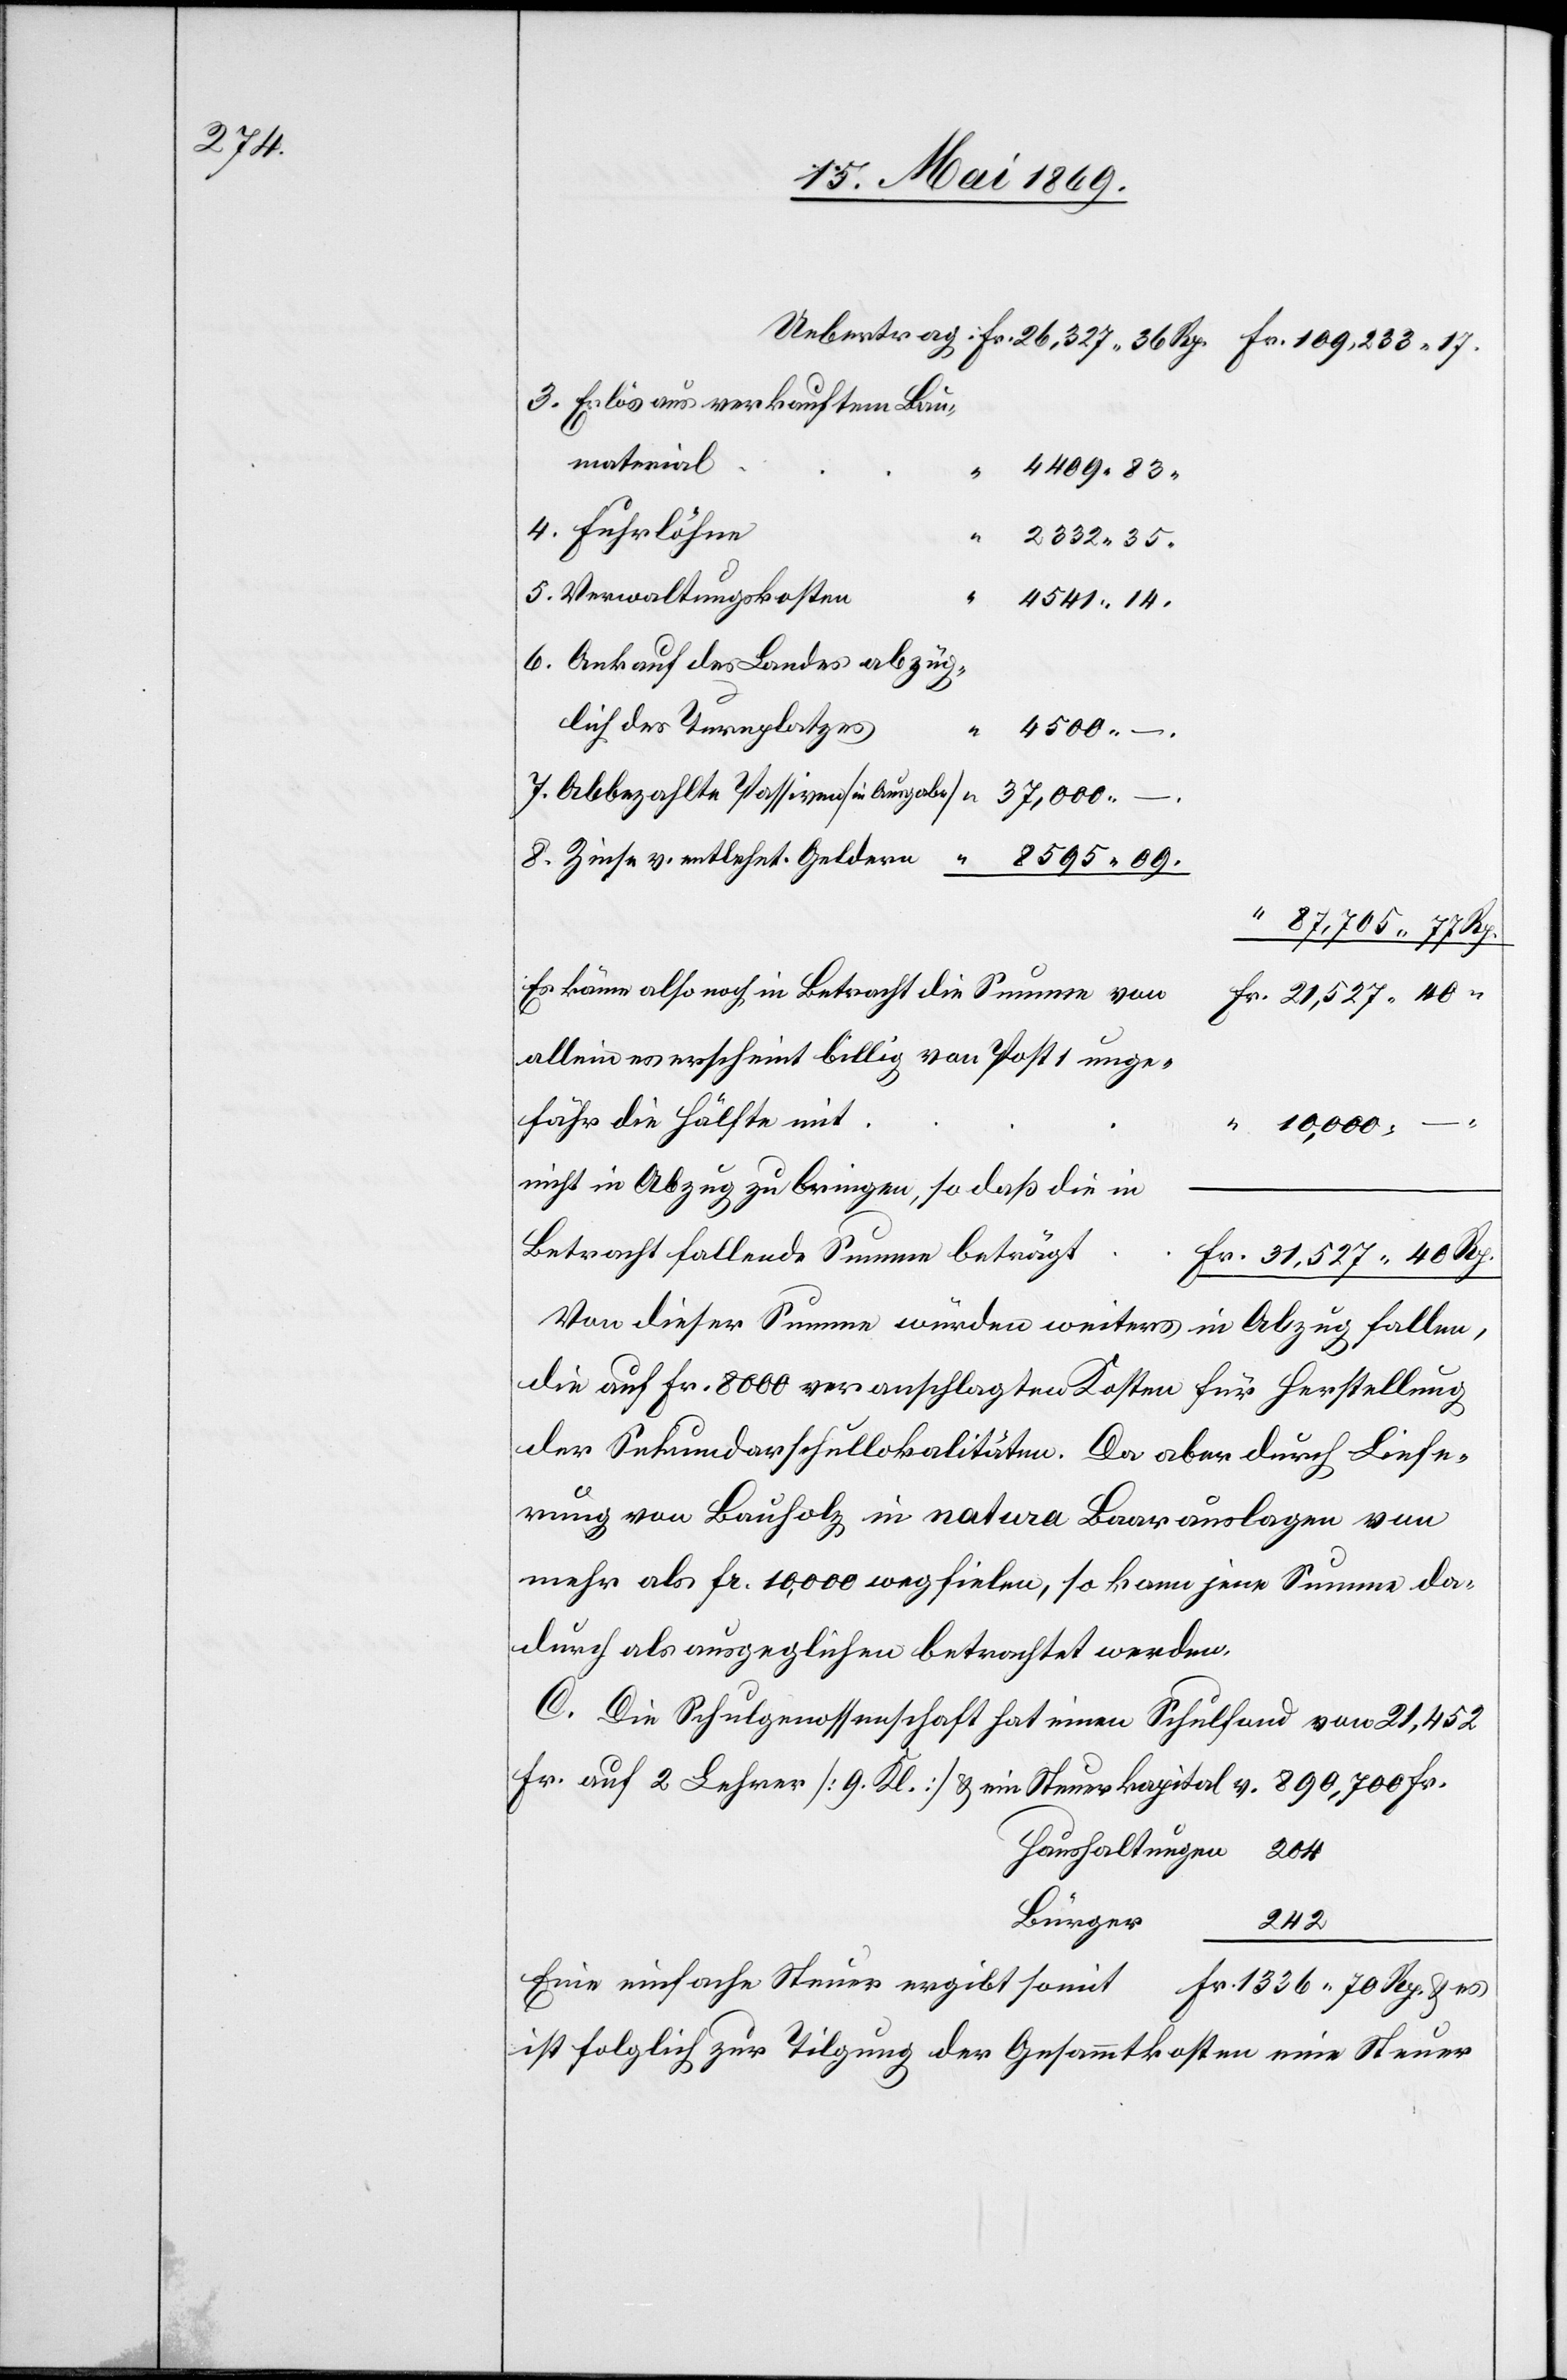
Uebertrag		Fr. 26,327.36 Rp. Fr. 109.233.17.
3. Erlös aus verkauftem Bau¬
material
4409.83
4. Fuhrlöhne
2332.35.
5. Verwaltungskosten
“	 4541.14.
6. Ankauf des Landes abzüg¬
4500.
7. Abbezahlte Passiven [in Ausgabe]
“	37,000.
–
8. Zinse v. entlehnt. Geldern
8595.09.
“ 87,705.77 Rp.
Es käme also noch in Betracht die Summe
Fr. 21,527.40.
allein es erscheint billig von Post 1 unge¬
fähr die Hälfte mit
“ 10,000. –
nicht in Abzug zu bringen, so daß die in
Von dieser Summe würden weiters in Abzug fallen,
die auf Fr. 8000 veranschlagten Kosten für Herstellung
der Sekundarschullokalitäten. Da aber durch Liefe¬
rung von Bauholz in natura Baarauslagen von
mehr als Fr. 100,000 wegfielen, so kann jene Summe da¬
durch als ausgeglichen betrachtet werden.
C. Die Schulgenossenschaft hat einen Schulfond von 21,452
auf 2 Lehrer [9 Kl.] u. ein Steuerkapital v. 890,700 Fr.
Haushaltungen 	204
242
Eine einfache Steuer ergibt somit 	Fr. 1336.70 Rp. u. es
ist folglich zur Tilgung der Gesammtkosten eine Steuer